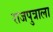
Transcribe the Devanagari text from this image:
राजपुत्राला